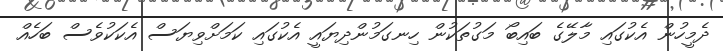
ދެމީހުން އެކުގައި މާލޭގެ ބައިބޯ މަގުތަކުން ހިނގަމުންދިޔައީ އެކުގައި ކަމަށްވިޔަސް އެކަކުވެސް ބަހެއް